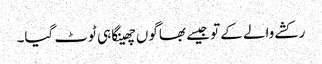
رکشے والے کے تو جیسے بھاگوں چھینکا ہی ٹوٹ گیا۔